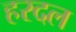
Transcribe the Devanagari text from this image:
हरदल